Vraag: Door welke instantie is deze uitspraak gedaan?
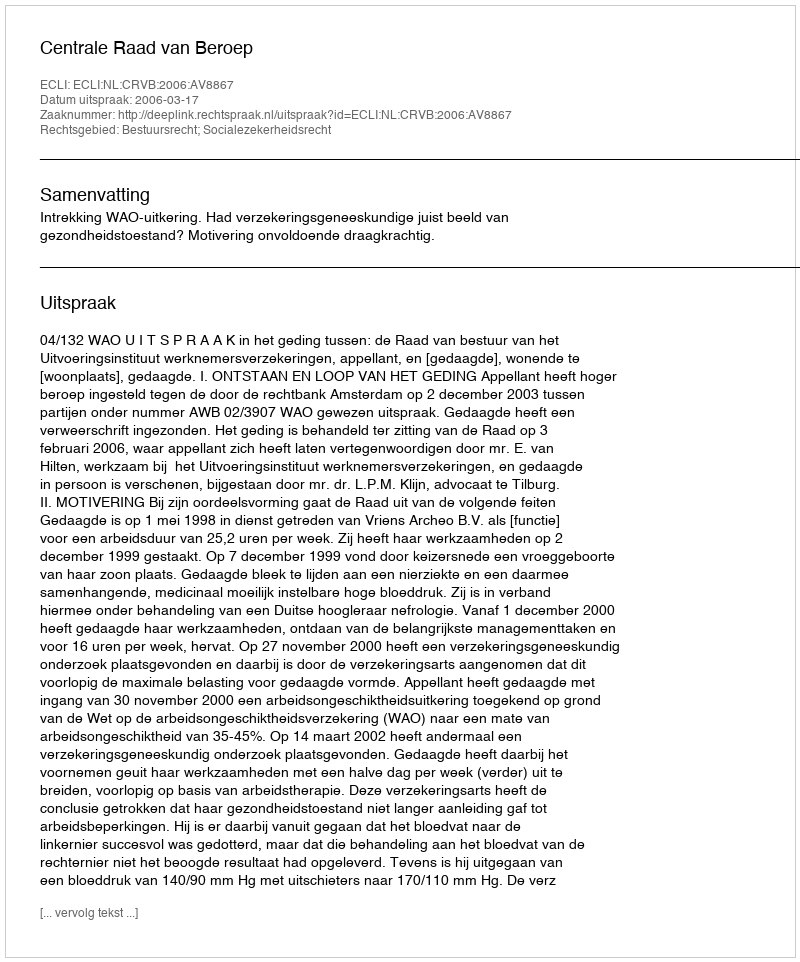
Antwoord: Centrale Raad van Beroep